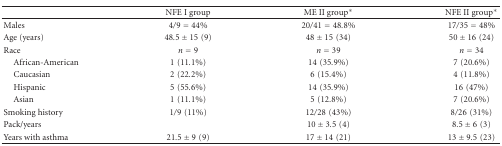
<table><thead><tr><td></td><td><b>NFE I group</b></td><td><b>ME II group*</b></td><td><b>NFE II group*</b></td></tr></thead><tbody><tr><td>Males</td><td>4/9 = 44%</td><td>20/41 = 48.8%</td><td>17/35 = 48%</td></tr><tr><td>Age (years)</td><td>48.5 ± 15(9)</td><td>48 ± 15(34)</td><td>50 ± 16(24)</td></tr><tr><td>Race</td><td><i>n</i> = 9</td><td><i>n</i> = 39</td><td><i>n</i> = 34</td></tr><tr><td> African-American</td><td>1(11.1%)</td><td>14(35.9%)</td><td>7(20.6%)</td></tr><tr><td> Caucasian</td><td>2(22.2%)</td><td>6(15.4%)</td><td>4(11.8%)</td></tr><tr><td> Hispanic</td><td>5(55.6%)</td><td>14(35.9%)</td><td>16(47%)</td></tr><tr><td> Asian</td><td>1(11.1%)</td><td>5(12.8%)</td><td>7(20.6%)</td></tr><tr><td>Smoking history</td><td>1/9(11%)</td><td>12/28(43%)</td><td>8/26(31%)</td></tr><tr><td>Pack/years</td><td></td><td>10 ± 3.5(4)</td><td>8.5 ± 6(3)</td></tr><tr><td>Years with asthma</td><td>21.5 ± 9(9)</td><td>17 ± 14(21)</td><td>13 ± 9.5(23)</td></tr></tbody></table>